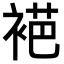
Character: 𬡞